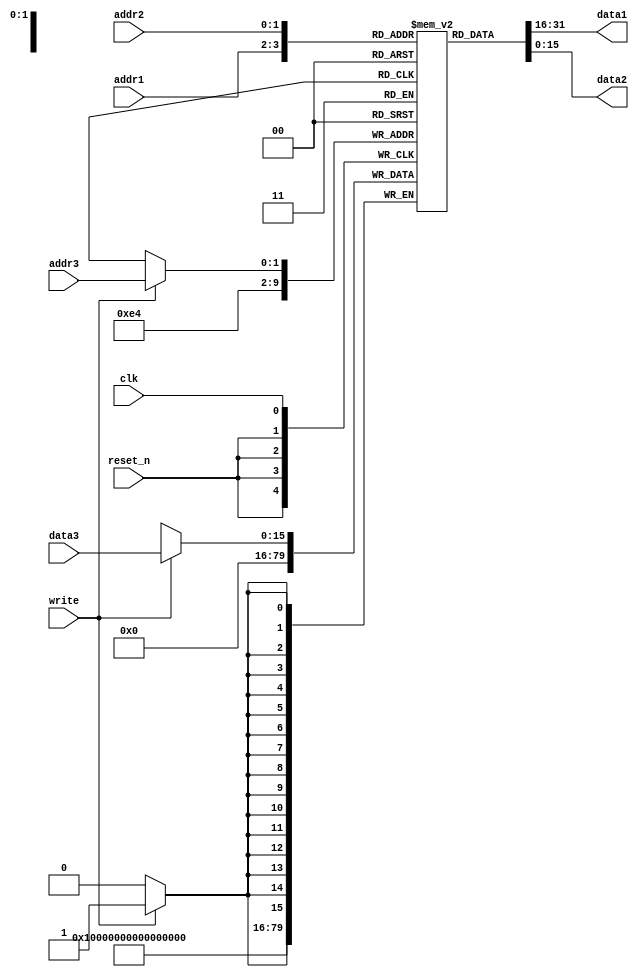
`timescale 1ns / 1ps
//////////////////////////////////////////////////////////////////////////////////
// Company: SNU
// 
// Design Name: 
// Module Name: RF
// Project Name: 
// Target Devices: 
// Tool Versions: 
// Description: 
// 
// Dependencies: 
// 
// Revision:
// Revision 0.01 - File Created
// Additional Comments:
// 
//////////////////////////////////////////////////////////////////////////////////


module RF(
    input         write,
    input         clk,
    input         reset_n,
    input [1:0]   addr1,
    input [1:0]   addr2,
    input [1:0]   addr3,
    input [15:0]  data3,
    output [15:0] data1,
    output [15:0] data2
    );

   // Registers, represented as a 2d array.
   // 4 registers are needed for 2-bit address.
   reg [15:0] regs [3:0];

   // Reset operation.
   //
   // Set all registers to zero whenever reset_n transitions to 0.
   // (Assumes asynchronous reset.)
   always @(negedge reset_n) begin
   	  regs[0] <= 16'h0;
   	  regs[1] <= 16'h0;
   	  regs[2] <= 16'h0;
   	  regs[3] <= 16'h0;
   end

   // Read operation.
   assign data1 = regs[addr1];
   assign data2 = regs[addr2];

   // Write operation.
   always @(posedge clk) begin
	  if (write == 1) begin
		 regs[addr3] <= data3;
	  end
   end
endmodule